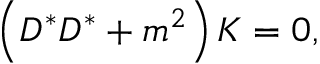
\left( D ^ { * } D ^ { * } + m ^ { 2 } \right) K = 0 ,